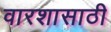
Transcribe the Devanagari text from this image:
वारशासाठी